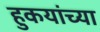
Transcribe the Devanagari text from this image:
हुकयांच्या